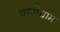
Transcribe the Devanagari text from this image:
चारोंधाम